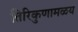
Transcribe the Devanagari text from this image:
तिरिकुणामळय